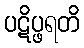
ပဋိပ္ဖရတိ